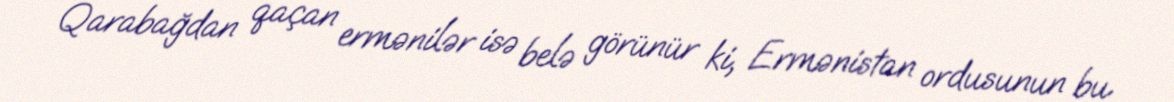
Qarabağdan qaçan ermənilər isə belə görünür ki, Ermənistan ordusunun bu